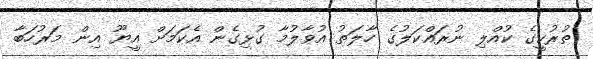
ތުރުކީގެ ކުއްލި ނުރައްކަލުގެ ހާލަތު އުވާލުމާ ގުޅިގެން އެކަމަށް އީޔޫ އިން މަރުހަބާ